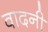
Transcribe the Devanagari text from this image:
वादनी